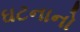
ઘટનાનો